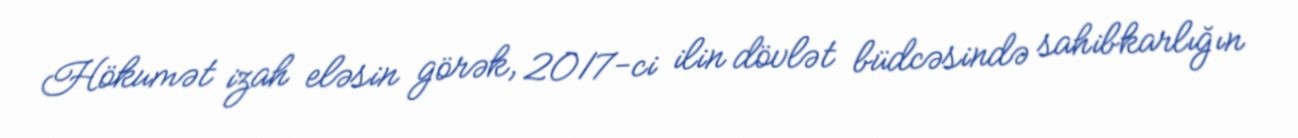
Hökumət izah eləsin görək, 2017-ci ilin dövlət büdcəsində sahibkarlığın